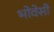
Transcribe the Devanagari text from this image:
भोवेसी